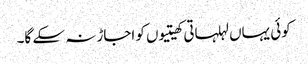
کوئی یہاں لہلہاتی کھیتیوں کو اجاڑ نہ سکے گا۔